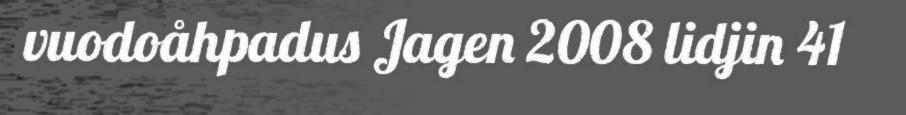
vuodoåhpadus Jagen 2008 lidjin 41